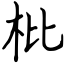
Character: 枇